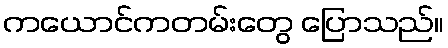
ကယောင်ကတမ်းတွေ ပြောသည်။